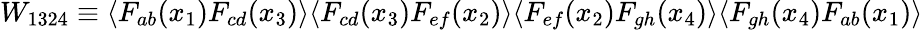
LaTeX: W_{1324}\equiv\langle F_{ab}(x_{1})F_{cd}(x_{3})\rangle\langle F_{cd}(x_{3})F_{ef}(x_{2})\rangle\langle F_{ef}(x_{2})F_{gh}(x_{4})\rangle\langle F_{gh}(x_{4})F_{ab}(x_{1})\rangle